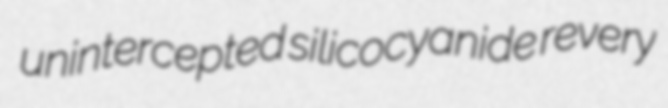
unintercepted silicocyanide revery